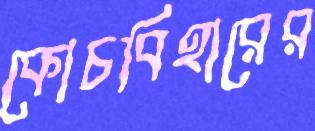
কোচবিহারের